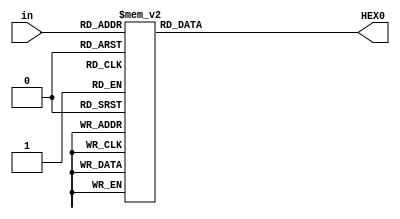
module HEX_out(in, HEX0);
input [3:0] in;
output [6:0] HEX0;
assign HEX0=hex0;
reg [6:0] 	hex0;
always @*
	case (in)
		4'b0000 : begin      	//Hexadecimal 0
			hex0 = 7'b0000001;
			end
		4'b0001 : begin   		//Hexadecimal 1
			hex0 = 7'b1001111;
			end
		4'b0010 : begin 		// Hexadecimal 2
			hex0 = 7'b0010010;
			end
		4'b0011 : begin		// Hexadecimal 3
			hex0 = 7'b0000110;
			end
		4'b0100 :begin		// Hexadecimal 4
			hex0 = 7'b1001100;
			end
		4'b0101 :begin		// Hexadecimal 5
			hex0 = 7'b0100100; 
			end	
		4'b0110 :begin		// Hexadecimal 6
			hex0 = 7'b0100000;
			end
		4'b0111 :begin		// Hexadecimal 7
			hex0 = 7'b0001111;
			end
		4'b1000 : begin    		 //Hexadecimal 8
			hex0 = 7'b0000000;
			end
		4'b1001 :  begin  		//Hexadecimal 9
			hex0 = 7'b0000100;
			end
		4'b1010 :  begin		// Hexadecimal A
			hex0 = 7'b0001000; 
			end
		4'b1011 : begin		// Hexadecimal B
			hex0 = 7'b1100000;
			end
		4'b1100 :begin		// Hexadecimal C
			hex0 = 7'b0110001;
			end
		4'b1101 :begin		// Hexadecimal D
			hex0 = 7'b1000010;
			end
		4'b1110 :begin		// Hexadecimal E
			hex0 = 7'b0110000;
			end
		4'b1111 :begin		// Hexadecimal F
			hex0 = 7'b0111000;
			end
	endcase
	 
endmodule